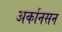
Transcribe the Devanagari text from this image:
अर्कानसन